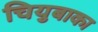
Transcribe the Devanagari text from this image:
चियुबाका